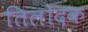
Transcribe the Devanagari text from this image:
तिलोदक